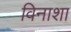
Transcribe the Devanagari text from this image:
विनाशा